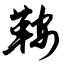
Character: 鞍